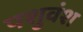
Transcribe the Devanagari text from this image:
पशुवंश